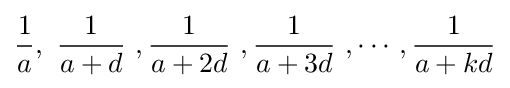
{\frac {1}{a}},\ {\frac {1}{a+d}}\ ,{\frac {1}{a+2d}}\ ,{\frac {1}{a+3d}}\ ,\cdots ,{\frac {1}{a+kd}}